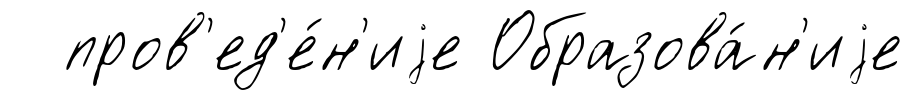
пров'ед'е́н'иjе Образова́н'иjе